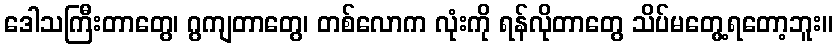
ဒေါသကြီးတာတွေ၊ ဂွကျတာတွေ၊ တစ်လောက လုံးကို ရန်လိုတာတွေ သိပ်မတွေ့ရတော့ဘူး။